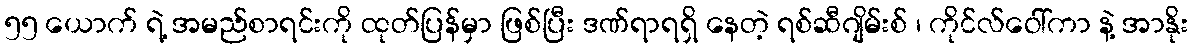
၅၅ ယောက် ရဲ့ အမည်စာရင်းကို ထုတ်ပြန်မှာ ဖြစ်ပြီး ဒဏ်ရာရရှိ နေတဲ့ ရစ်ဆီဂျိမ်းစ် ၊ ကိုင်လ်ဝေါ်ကာ နဲ့ အာနိုး